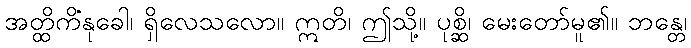
အတ္ထိကိံနုခေါ၊ ရှိလေသလော။ ဣတိ၊ ဤသို့။ ပုစ္ဆိ၊ မေးတော်မူ၏။ ဘန္တေ၊